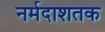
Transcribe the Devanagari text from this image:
नर्मदाशतक